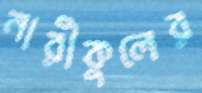
নারীকুলের